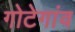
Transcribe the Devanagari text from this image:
गोटेगांव